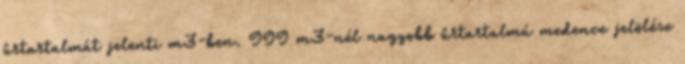
ûrtartalmát jelenti m3-ben. 999 m3-nél nagyobb ûrtartalmú medence jelölése